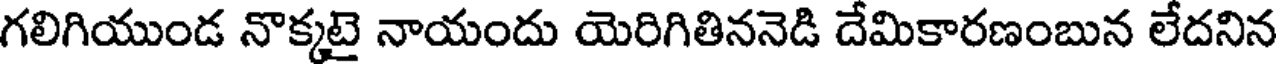
గలిగియుండ నొక్కటై నాయందు యెరిగితిననెడి దేమికారణంబున లేదనిన